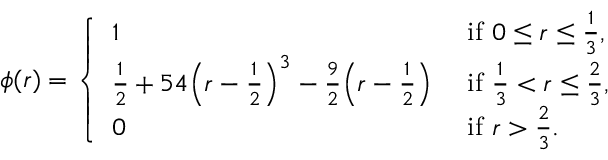
\phi ( r ) = \left\{ \begin{array} { l l } { 1 } & { \mathrm { ~ i f ~ } 0 \leq r \leq \frac { 1 } { 3 } , } \\ { \frac { 1 } { 2 } + 5 4 \Big ( r - \frac { 1 } { 2 } \Big ) ^ { 3 } - \frac { 9 } { 2 } \Big ( r - \frac { 1 } { 2 } \Big ) } & { \mathrm { ~ i f ~ } \frac { 1 } { 3 } < r \leq \frac { 2 } { 3 } , } \\ { 0 } & { \mathrm { ~ i f ~ } r > \frac { 2 } { 3 } . } \end{array} \right.